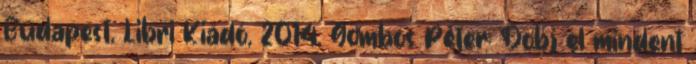
Budapest, Libri Kiadó, 2014. Gombos Péter: Dobj el mindent